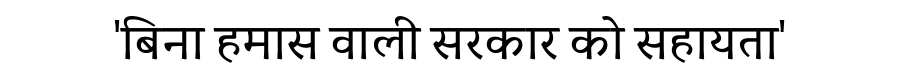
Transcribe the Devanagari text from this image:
'बिना हमास वाली सरकार को सहायता'